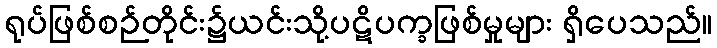
ရုပ်ဖြစ်စဉ်တိုင်း၌ယင်းသို့ပဋိပက္ခဖြစ်မှုများ ရှိပေသည်။